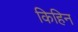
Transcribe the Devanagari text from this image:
किहिन